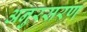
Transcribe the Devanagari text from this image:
अनुरसरण